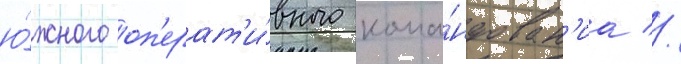
ю́жного оп'ерат'и́вного кома́ндован'иа //